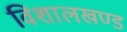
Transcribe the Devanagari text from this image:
विशालखण्ड